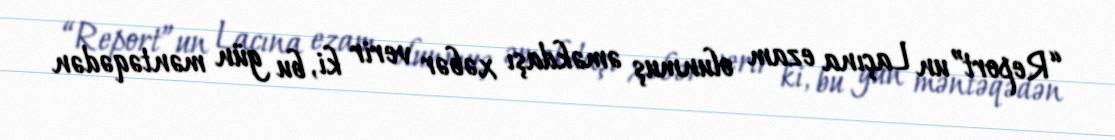
“Report”un Laçına ezam olunmuş əməkdaşı xəbər verir ki, bu gün məntəqədən